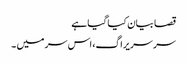
قصا بیان کیا گیا ہے
سر سریراگ، اس سر میں ۔